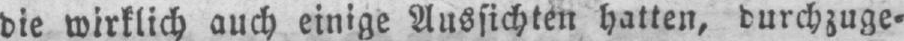
die wirklich auch einige Aussichten hatten, durchzuge⸗